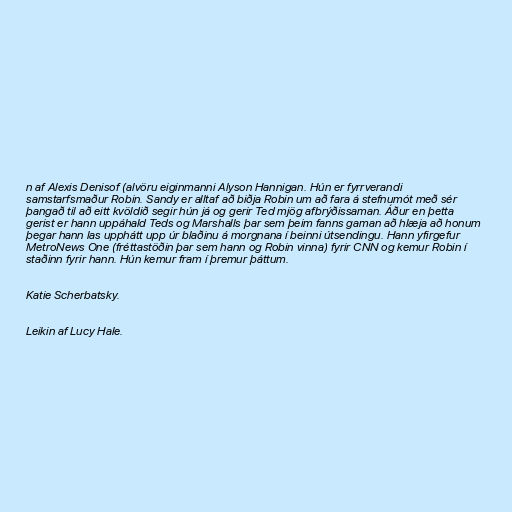
n af Alexis Denisof (alvöru eiginmanni Alyson Hannigan. Hún er fyrrverandi
samstarfsmaður Robin. Sandy er alltaf að biðja Robin um að fara á stefnumót með sér
þangað til að eitt kvöldið segir hún já og gerir Ted mjög afbrýðissaman. Áður en þetta
gerist er hann uppáhald Teds og Marshalls þar sem þeim fanns gaman að hlæja að honum
þegar hann las upphátt upp úr blaðinu á morgnana í beinni útsendingu. Hann yfirgefur
MetroNews One (fréttastöðin þar sem hann og Robin vinna) fyrir CNN og kemur Robin í
staðinn fyrir hann. Hún kemur fram í þremur þáttum.

Katie Scherbatsky.

Leikin af Lucy Hale.